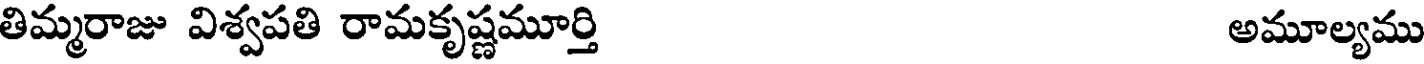
తిమ్మరాజు విశ్వపతి రామకృష్ణమూర్తి అమూల్యము